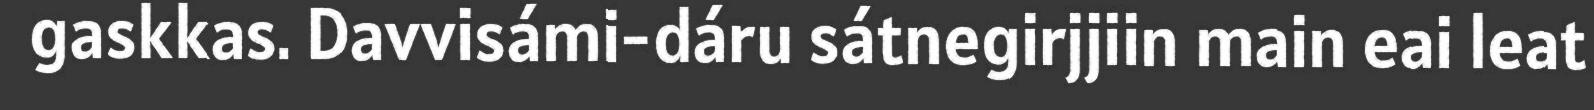
gaskkas. Davvisámi-dáru sátnegirjjiin main eai leat